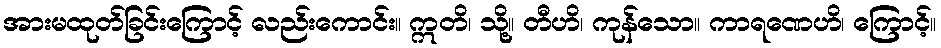
အားမထုတ်ခြင်းကြောင့် လည်းကောင်း။ ဣတိ၊ သို့။ တီဟိ၊ ကုန်သော။ ကာရဏေဟိ၊ ကြောင့်။